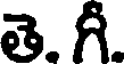
తె. గీ.